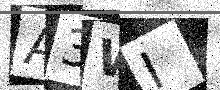
Text: A3WI